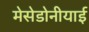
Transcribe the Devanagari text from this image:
मेसेडोनीयाई